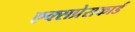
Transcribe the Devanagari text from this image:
एक्सप्रेसकार्ड